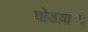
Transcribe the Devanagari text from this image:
घोडय़ाची